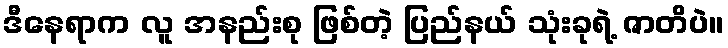
ဒီနေရာက လူ အနည်းစု ဖြစ်တဲ့ ပြည်နယ် သုံးခုရဲ့ ဇာတိပဲ။